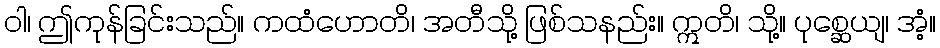
ဝါ၊ ဤကုန်ခြင်းသည်။ ကထံဟောတိ၊ အတီသို့ ဖြစ်သနည်း။ ဣတိ၊ သို့။ ပုစ္ဆေယျ၊ အံ့။